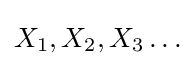
X_{1},X_{2},X_{3}\ldots